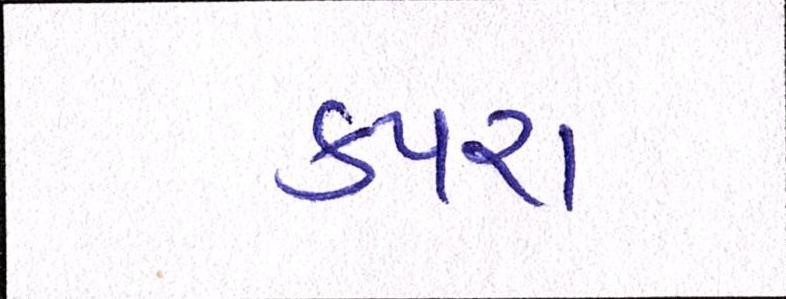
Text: કપરા